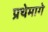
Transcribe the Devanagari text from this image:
प्रथेमागे